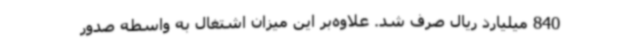
840 میلیارد ریال صرف شد. علاوه‌بر این میزان اشتغال به واسطه صدور